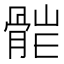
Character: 𩩆